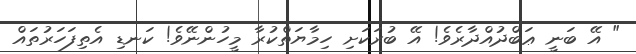
" އޭ ބަނީ ޢަބްދުއްދާރެވެ! އޭ ބުރަކަށި ހިމާޔަތްކުރާ މީހުންނޭވެ! ކަނޑި އެތިފަހަރުތައް